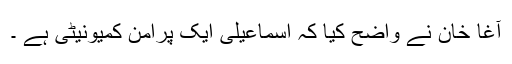
آغا خان نے واضح کیا کہ اسماعیلی ایک پرامن کمیونیٹی ہے ۔